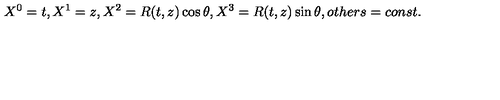
X ^ { 0 } = t , X ^ { 1 } = z , X ^ { 2 } = R ( t , z ) \cos \theta , X ^ { 3 } = R ( t , z ) \sin \theta , o t h e r s = c o n s t .